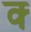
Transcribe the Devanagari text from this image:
क्‍